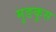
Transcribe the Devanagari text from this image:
मुङकुस